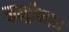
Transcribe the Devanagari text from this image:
कन्ट्रीवाइड